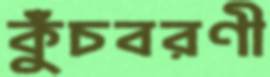
কুঁচবরণী